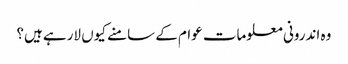
وہ اندرونی معلومات عوام کے سامنے کیوں لارہے ہیں؟